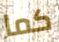
كما